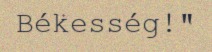
Békesség!"